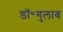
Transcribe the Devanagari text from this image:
डॉ॰गुलाब